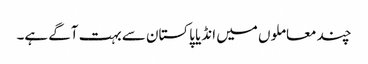
چند معاملوں میں انڈیا پاکستان سے بہت آگے ہے۔